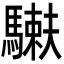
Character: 𩥲